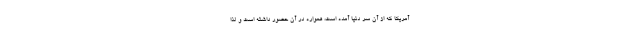
آمریکا که از آن سر دنیا آمده است، همواره در آن حضور داشته است و لذا